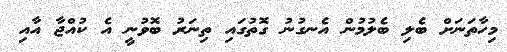
މިހާތަނަށް ބެލި ބެލުމުން އެނގުނު ގޮތުގައި ތިނަރު ބޮވުނީ އެ ކުއްޖާ އާއި